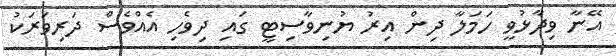
އޭނާ ވިދާޅުވީ ހަމަލާ ދިން އިރު ޔުނިވާސިޓީ ގައި ދިވެހި އެއްވެސް ދަރިވަރަކު